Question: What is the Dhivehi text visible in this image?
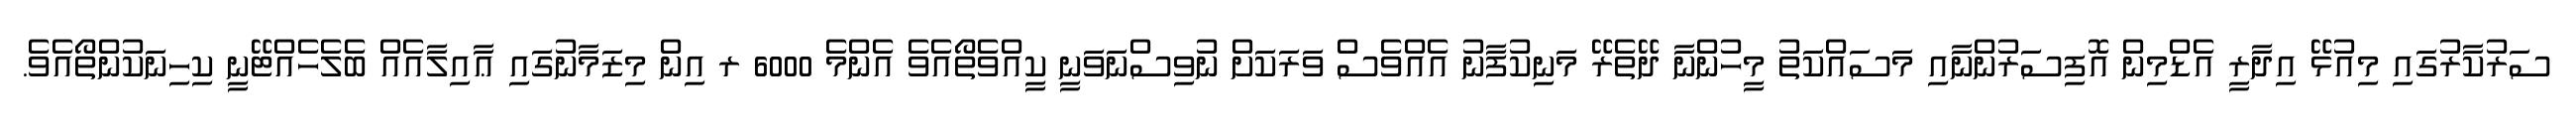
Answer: ސަރުކާރުގައި މިއުޅޭ އިދާރީ އެޑްމިން އޮފިސަރުންނާއި މަސައްކަތު މީހުންނާ ދޭތެރޭ މަނިކުފާނު އެއްވެސް ވަރަކަށް ނުވިސްނަވަނީ ކީއްވެތޯއެވެ އެންމެ 6000 ރ އިން މިޒަމާނުގައި ޢާއިލާއެއް ބެލެހެއްޓޭނީ ކިހިނަކުންތޯއެވެ.